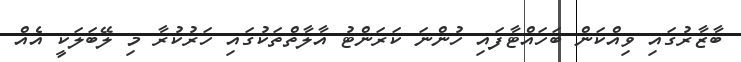
ބާޒާރުގައި ވިއްކަން ބަހައްޓާފައި ހުންނަ ކަރަންޓު އާލާތްތަކުގައި ހަރުކުރާ މި ލޭބަލަކީ އެއް